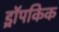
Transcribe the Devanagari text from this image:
ड्रॉपकिक